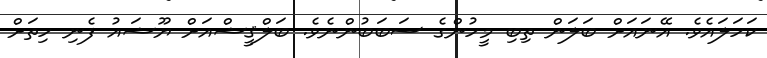
ކަހަލައެވެ. އޭނައަށް ބަލަން ތިބި މީހުންގެ ސަބަބުންނެވެ. ބަލްޤީޝްއަށް ޔޫޝައު ފެނި ހިތަށް